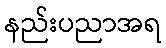
နည်းပညာအရ